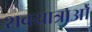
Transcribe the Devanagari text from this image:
शवयात्राओँ